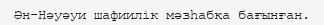
Ән-Нәуәуи шафиилік мәзһабқа бағынған.